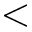
<